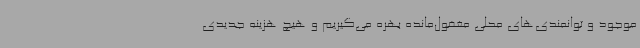
موجود و توانمندی‌های محلی مغفول‌مانده بهره می‌گیریم و هیچ هزینه جدیدی